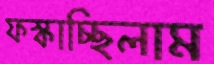
ফস্‌কাচ্ছিলাম